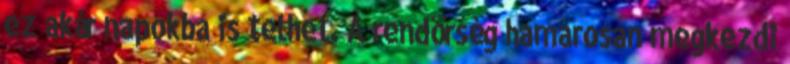
ez akár napokba is telhet. A rendőrség hamarosan megkezdi